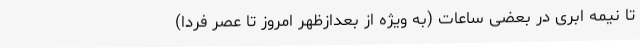
تا نیمه ابری در بعضی ساعات (به وِیژه از بعدازظهر امروز تا عصر فردا)